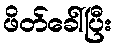
ဖိတ်ခေါ်ပြီး